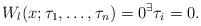
LaTeX: \begin{align*}W_l(x;\tau_1,\dots,\tau_n)=0 {}^\exists\tau_i=0.\end{align*}